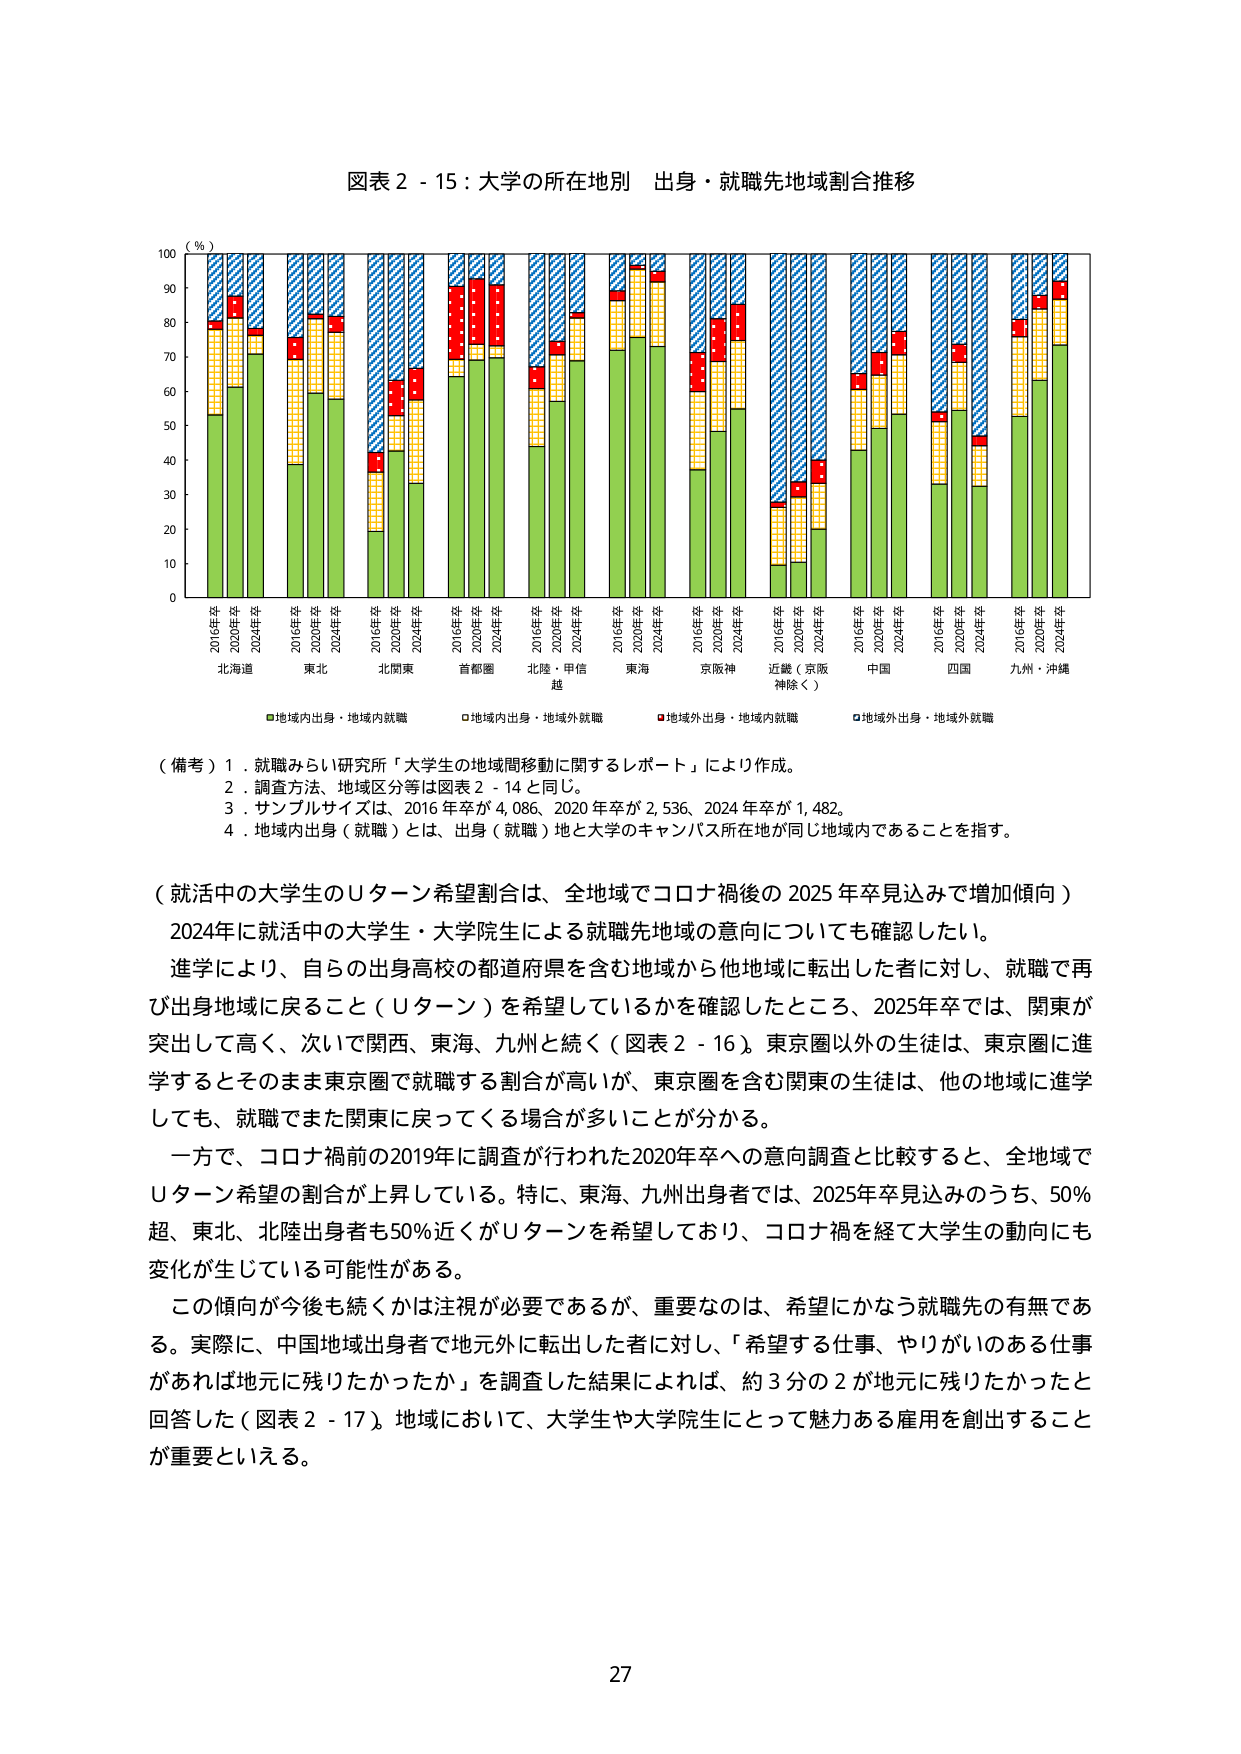
図表２－15：大学の所在地別　出身・就職先地域割合推移

（％）
100
90
80
70
60
50
40
30
20
10
0

2016年卒
2020年卒
2024年卒
北海道

2016年卒
2020年卒
2024年卒
東北

2016年卒
2020年卒
2024年卒
北関東

2016年卒
2020年卒
2024年卒
首都圏

2016年卒
2020年卒
2024年卒
北陸・甲信越

2016年卒
2020年卒
2024年卒
東海

2016年卒
2020年卒
2024年卒
京阪神

2016年卒
2020年卒
2024年卒
近畿（京阪神除く）

2016年卒
2020年卒
2024年卒
中国

2016年卒
2020年卒
2024年卒
四国

2016年卒
2020年卒
2024年卒
九州・沖縄

■地域内出身・地域内就職
□地域内出身・地域外就職
■地域外出身・地域内就職
□地域外出身・地域外就職

（備考）1．就職みらい研究所「大学生の地域間移動に関するレポート」により作成。
　　　2．調査方法、地域区分等は図表２－14と同じ。
　　　3．サンプルサイズは、2016年卒が4,086、2020年卒が2,536、2024年卒が1,482。
　　　4．地域内出身（就職）とは、出身（就職）地と大学のキャンパス所在地が同じ地域内であることを指す。

（就活中の大学生のＵターン希望割合は、全地域でコロナ禍後の2025年卒見込みで増加傾向）
2024年に就活中の大学生・大学院生による就職先地域の意向についても確認したい。
進学により、自らの出身高校の都道府県を含む地域から他地域に転出した者に対し、就職で再び出身地域に戻ること（Ｕターン）を希望しているかを確認したところ、2025年卒では、関東が突出して高く、次いで関西、東海、九州と続く（図表２－16）。東京圏以外の生徒は、東京圏に進学するとそのまま東京圏で就職する割合が高いが、東京圏を含む関東の生徒は、他の地域に進学しても、就職でまた関東に戻ってくる場合が多いことが分かる。
一方で、コロナ禍前の2019年に調査が行われた2020年卒への意向調査と比較すると、全地域でＵターン希望の割合が上昇している。特に、東海、九州出身者では、2025年卒見込みのうち、50％超、東北、北陸出身者も50％近くがＵターンを希望しており、コロナ禍を経て大学生の動向にも変化が生じている可能性がある。
この傾向が今後も続くかは注視が必要であるが、重要なのは、希望にかなう就職先の有無である。実際に、中国地域出身者で地元外に転出した者に対し、「希望する仕事、やりがいのある仕事があれば地元に残りたかったか」を調査した結果によれば、約3分の2が地元に残りたかったと回答した（図表２－17）。地域において、大学生や大学院生にとって魅力ある雇用を創出することが重要といえる。

27